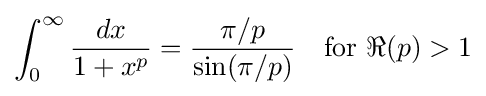
\int _{0}^{\infty }{\frac {dx}{1+x^{p}}}={\frac {\pi /p}{\sin(\pi /p)}}\quad {\text{for }}\Re (p)>1